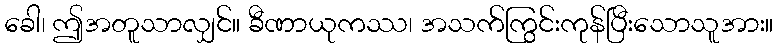
ခေါ၊ ဤအတူသာလျှင်။ ခီဏာယုကဿ၊ အသက်ကြွင်းကုန်ပြီးသောသူအား။